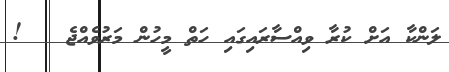
ލަންކާ އަށް ކުރާ ވިއްސާރައިގައި ހަތް މީހުން މަރުވެއްޖެ   !